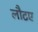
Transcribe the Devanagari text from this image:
लौटए